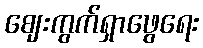
ဈေးကွက်ရှာဖွေရေး